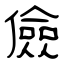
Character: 儉